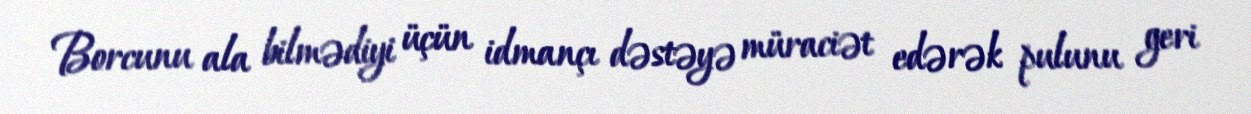
Borcunu ala bilmədiyi üçün idmançı dəstəyə müraciət edərək pulunu geri